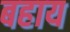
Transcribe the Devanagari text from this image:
बहाय